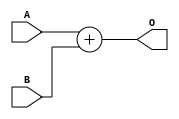
`timescale 1ns / 1ps
//////////////////////////////////////////////////////////////////////////////////
// Company: 
// Engineer: 
// 
// Design Name: 
// Module Name:    Adder 
// Project Name: 
// Target Devices: 
// Tool versions: 
// Description: 
//
// Dependencies: 
//
// Revision: 
// Revision 0.01 - File Created
// Additional Comments: 
//
//////////////////////////////////////////////////////////////////////////////////
module Adder(A,B,O);
input [0:31] A,B;
output reg [0:31] O;

always@(A or B)

begin
 O = A + B;
end


endmodule